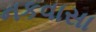
નકવાસા